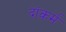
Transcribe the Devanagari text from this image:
दांकर्म